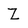
Character: Z